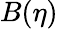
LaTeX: B(\eta)